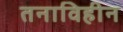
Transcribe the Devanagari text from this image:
तनाविहीन